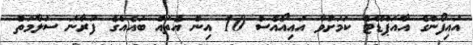
އައިފޯންގެ އާއަޕްޑޭޓް ކަމަށްވާ އައިއޯއެސް 10 އިން އެތައް ބައެއްގެ ފުރާނަ ސަލާމަތް